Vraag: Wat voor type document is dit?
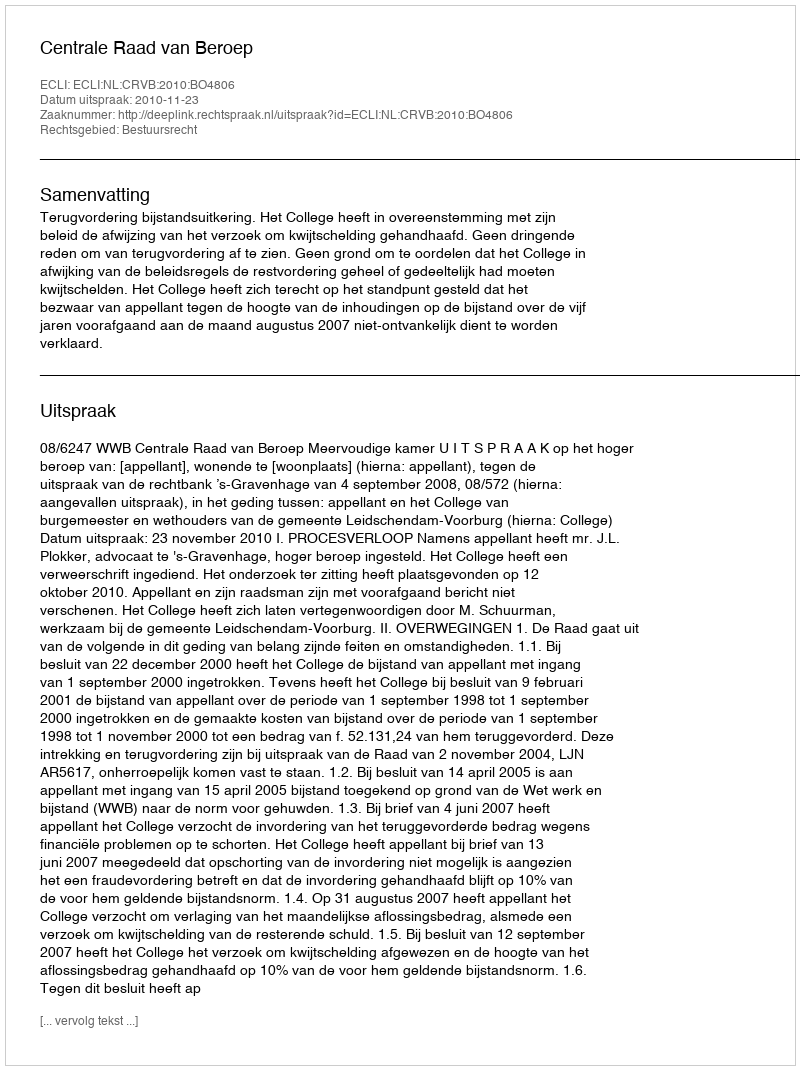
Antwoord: Uitspraak